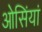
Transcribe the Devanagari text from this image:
ओसिंयां